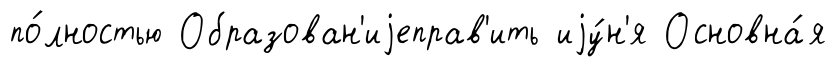
по́лностью Образован'иjеправ'ить иjу́н'я Основна́я